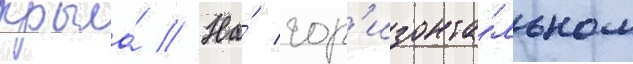
крыла́ // На́ гор'изонта́льном